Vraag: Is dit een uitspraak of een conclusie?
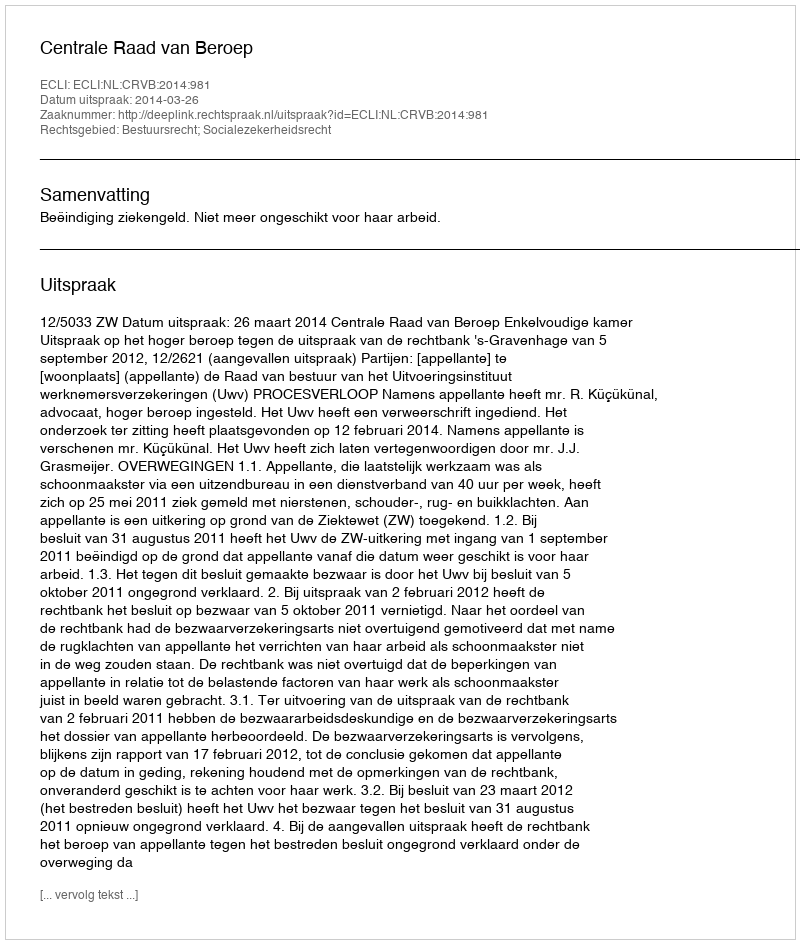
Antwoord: Uitspraak